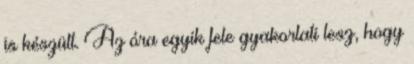
is készült. Az óra egyik fele gyakorlati lesz, hogy